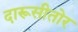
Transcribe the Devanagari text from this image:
दारूसीतोर